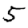
Digit: 5